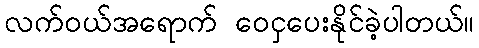
လက်ဝယ်အရောက် ဝေငှပေးနိုင်ခဲ့ပါတယ်။